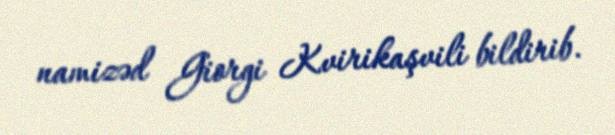
namizəd Giorgi Kvirikaşvili bildirib.